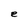
Character: e